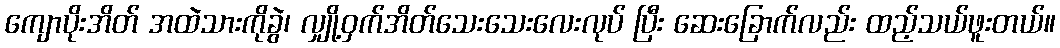
ကျောပိုးအိတ် အထဲသားကိုခွဲ၊ လျှို့ဝှက်အိတ်သေးသေးလေးလုပ် ပြီး ဆေးခြောက်လည်း ထည့်သယ်ဖူးတယ်။